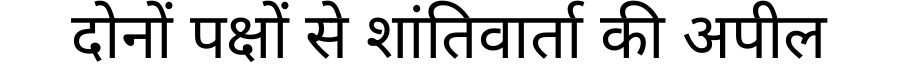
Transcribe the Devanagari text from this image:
दोनों पक्षों से शांतिवार्ता की अपील